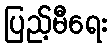
ပြည့်မီရေး